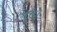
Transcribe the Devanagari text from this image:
वृत्त।